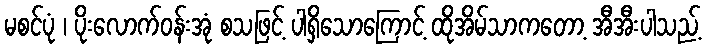
မစင်ပုံ ၊ ပိုးလောက်ဝန်းအုံ စသဖြင့် ပါရှိသောကြောင့် ထိုအိမ်သာကတော့ အီအီးပါသည့်